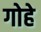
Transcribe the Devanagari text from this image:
गोहे